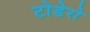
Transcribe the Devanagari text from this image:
टोडेरो